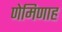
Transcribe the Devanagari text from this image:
णेमिणाह